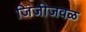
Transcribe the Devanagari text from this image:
जिंजीजवळ